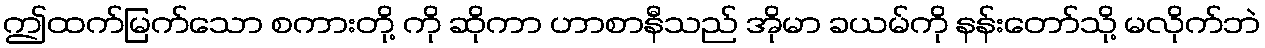
ဤထက်မြက်သော စကားတို့ ကို ဆိုကာ ဟာစာနီသည် အိုမာ ခယမ်ကို နန်းတော်သို့ မလိုက်ဘဲ